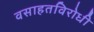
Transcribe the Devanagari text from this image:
वसाहतविरोधी